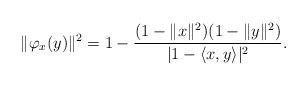
\begin{align*} \|\varphi_{x}(y)\|^2=1-\frac{(1 -\|x\|^2)(1 -\|y\|^2)}{| 1 - \langle x,y\rangle |^2}.\end{align*}